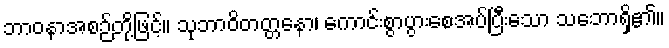
ဘာဝနာအစဉ်တို့ဖြင့်။ သုဘာဝိတတ္တနော၊ ကောင်းစွာပွားစေအပ်ပြီးသော သဘောရှိ၏။